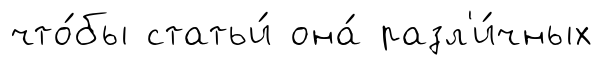
что́бы статьи́ она́ разл'и́чных